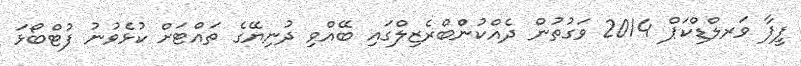
ފީފާ ވަރލްޑްކަޕް 2014 ވަގުތުން ދެއްކުންްބްރެޒިލްގައި ބޭއްވި ދުނިޔޭގެ ތައްޓަށް ކުޅެވުނު ފުޓްބޯޅަ